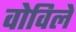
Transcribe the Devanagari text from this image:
वोविले